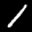
Label: 1